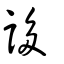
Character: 誃